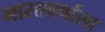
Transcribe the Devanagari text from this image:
भारतवर्षाला